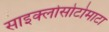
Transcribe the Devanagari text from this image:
साइक्लोसोटोमाटा